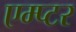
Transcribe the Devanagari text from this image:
एम्प्टर